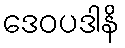
ဒေဝပဒါနိ